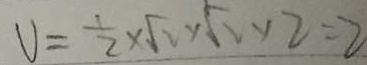
V = \frac { 1 } { 2 } \times \sqrt { 2 } \times \sqrt { 2 } \times 2 = 2